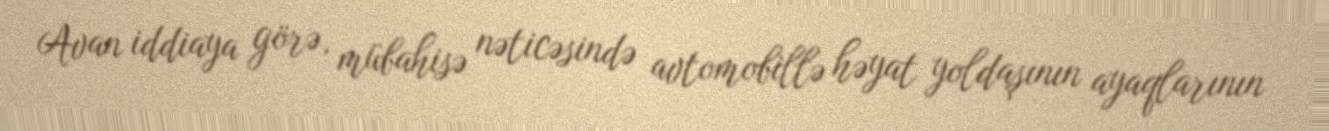
Avan iddiaya görə, mübahisə nəticəsində avtomobillə həyat yoldaşının ayaqlarının